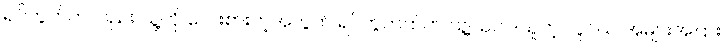
ရပ်ကွက်ကလည်း သူ့ကို လေးစားတဲ့အတွက် ရပ်ကွက်ထဲက သူ့ဩဝါဒယူတဲ့ လူငယ် အများအပြား